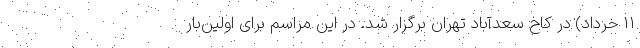
۱۱ خرداد) در کاخ سعدآباد تهران برگزار شد. در این مراسم برای اولین‌بار